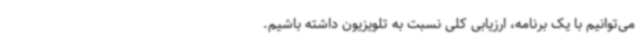
می‌توانیم با یک برنامه، ارزیابی کلی نسبت به تلویزیون داشته باشیم.